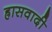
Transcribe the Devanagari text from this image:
ह्रासवादी